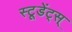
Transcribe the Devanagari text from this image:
स्टूडेंट्स्